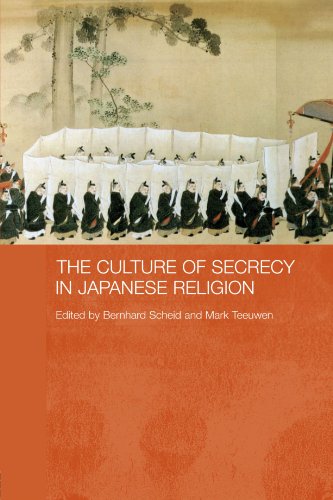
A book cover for The Culture of Secrecy in Japanese Religion; Religion & Spirituality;